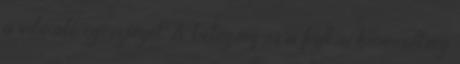
a vibráló egészséget. A betegség és a fizikai kimerültség